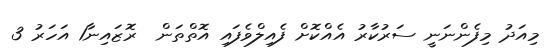
މިއަދު މިފެންނަނީ ސަރުކާރު އެއްކޮށް ފެއިލްވެފައި އޮތްތަން  ރޮޒައިނާ1 އަހަރު 3